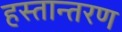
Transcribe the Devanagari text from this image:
हस्‍तान्‍तरण